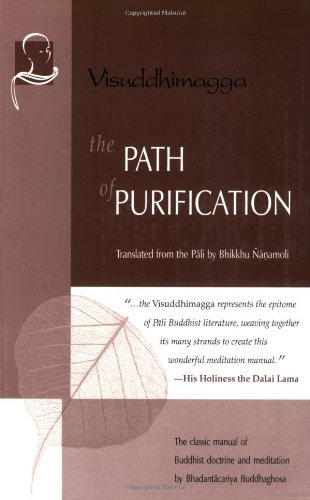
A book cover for The Path of Purification: Visuddhimagga (Vipassana Meditation and the Buddha's Teachings); Bhadantacariya Buddhaghosa; Religion & Spirituality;